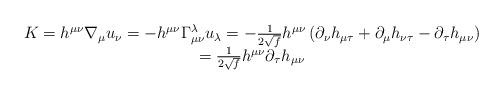
LaTeX: \begin{align*}\begin{array}{c}K=h^{\mu \nu }\nabla _{\mu }u_{\nu }=-h^{\mu \nu }\Gamma _{\mu \nu}^{\lambda }u_{\lambda }=-\frac{1}{2\sqrt{f}}h^{\mu \nu }\left( \partial_{\nu }h_{\mu \tau }+\partial _{\mu }h_{\nu \tau }-\partial _{\tau }h_{\mu\nu }\right) \\ =\frac{1}{2\sqrt{f}}h^{\mu \nu }\partial _{\tau }h_{\mu \nu }\end{array}\end{align*}